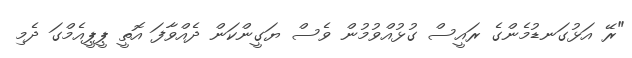
"ރޭ އަޅުގަނޑުމެންގެ ރައީސް ގުޅުއްވުމުން ވެސް ޔަގީންކަން ދެއްވާފަ އޮތީ ޕީޕީއެމްގަ ދެމި